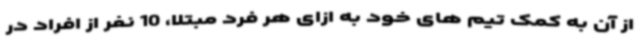
از آن به کمک تیم های خود به ازای هر فرد مبتلا، 10 نفر از افراد در